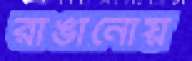
রাঙানোয়